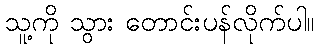
သူ့ကို သွား တောင်းပန်လိုက်ပါ။